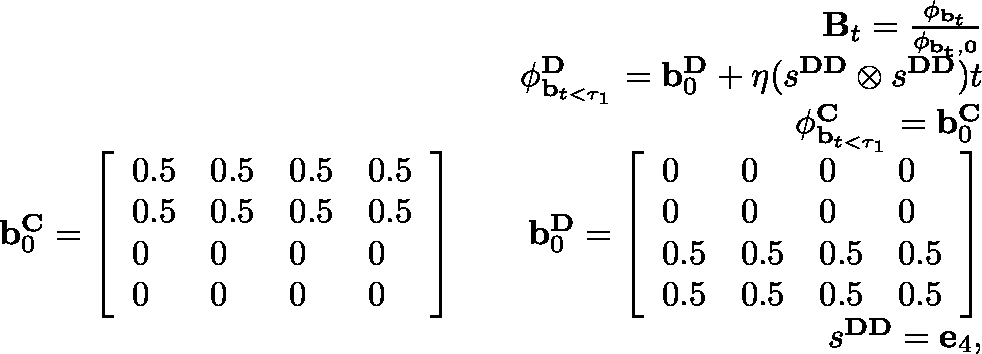
\begin{array} { r } { \mathbf { B } _ { t } = \frac { \mathbf { \phi } _ { \mathbf { b } _ { t } } } { \mathbf { \phi } _ { \mathbf { { b } _ { t } , 0 } } } } \\ { \mathbf { \phi } _ { \mathbf { b } _ { t < \tau _ { 1 } } } ^ { \mathbf { D } } = \mathbf { b } _ { 0 } ^ { \mathbf { D } } + \eta ( s ^ { \mathbf { D D } } \otimes s ^ { \mathbf { D D } } ) t } \\ { \mathbf { \phi } _ { \mathbf { b } _ { t < \tau _ { 1 } } } ^ { \mathbf { C } } = \mathbf { b } _ { 0 } ^ { \mathbf { C } } } \\ { \mathbf { b } _ { 0 } ^ { \mathbf { C } } = \left[ \begin{array} { l l l l } { 0 . 5 } & { 0 . 5 } & { 0 . 5 } & { 0 . 5 } \\ { 0 . 5 } & { 0 . 5 } & { 0 . 5 } & { 0 . 5 } \\ { 0 } & { 0 } & { 0 } & { 0 } \\ { 0 } & { 0 } & { 0 } & { 0 } \end{array} \right] \qquad \mathbf { b } _ { 0 } ^ { \mathbf { D } } = \left[ \begin{array} { l l l l } { 0 } & { 0 } & { 0 } & { 0 } \\ { 0 } & { 0 } & { 0 } & { 0 } \\ { 0 . 5 } & { 0 . 5 } & { 0 . 5 } & { 0 . 5 } \\ { 0 . 5 } & { 0 . 5 } & { 0 . 5 } & { 0 . 5 } \end{array} \right] } \\ { s ^ { \mathbf { D D } } = \mathbf { e } _ { 4 } , } \end{array}